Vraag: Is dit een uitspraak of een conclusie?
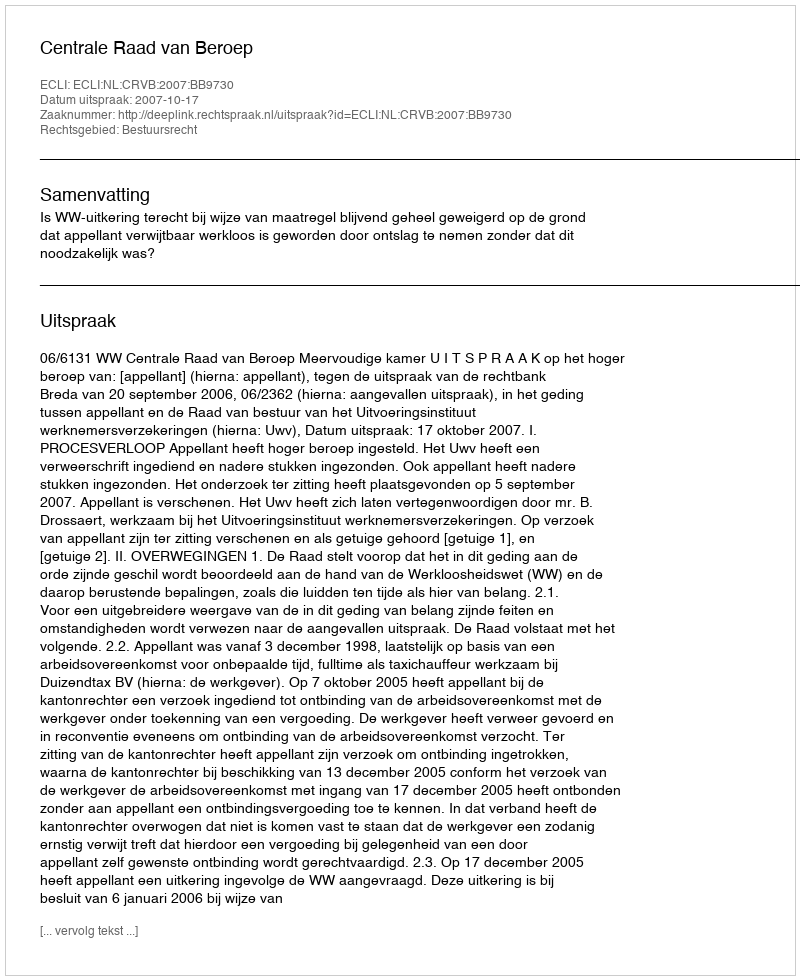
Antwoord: Uitspraak